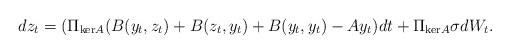
LaTeX: \begin{align*}dz_t = (\Pi_{\mathrm{ker}A}(B(y_t,z_t) + B(z_t,y_t) + B(y_t,y_t)-Ay_t)dt + \Pi_{\mathrm{ker}A}\sigma dW_t. \end{align*}